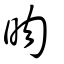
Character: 昒